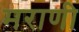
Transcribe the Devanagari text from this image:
मराणी